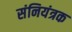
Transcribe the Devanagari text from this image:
संनियंत्रक